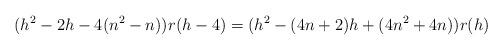
LaTeX: \begin{align*}({h}^{2}-2{h}-4(n^2-n))r({h}-4)=(h^2-(4n+2)h+(4n^2+4n))r(h)\end{align*}